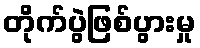
တိုက်ပွဲဖြစ်ပွားမှု